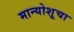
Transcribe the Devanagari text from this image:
मान्योशूचा